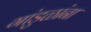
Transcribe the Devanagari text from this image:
गांडुळांना